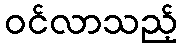
ဝင်လာသည့်